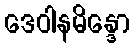
ဒေဝါနမိန္ဒော